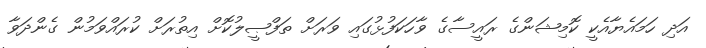
އަދި ހަމައެޔާއެކީ ކޮމިޝަންގެ ރައީސާގެ ވާހަކަފުޅުގައި ވަރަށް ތަފްޞީލުކޮށް އިތުރަށް ކުރައްވަމުން ގެންދަވާ